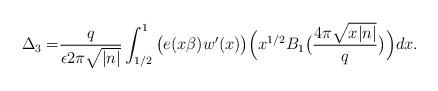
LaTeX: \begin{align*}\Delta_3=&\frac{q}{\epsilon2\pi\sqrt{|n|}}\int_{1/2}^{1}\big(e(x\beta)w'(x)\big)\Big(x^{1/2}B_1\big(\frac{4\pi\sqrt{x|n|}}{q}\big)\Big)dx.\end{align*}